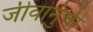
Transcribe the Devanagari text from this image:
जीवानुंची